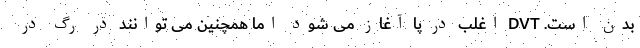
بدن است. DVT اغلب در پا آغاز می شود اما همچنین می توانند در رگ در